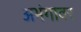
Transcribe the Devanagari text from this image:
अभंगावर